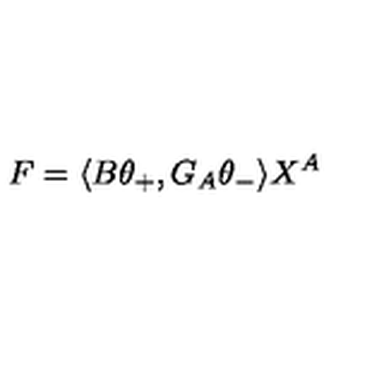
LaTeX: F = \langle B \theta _ { + } , G _ { A } \theta _ { - } \rangle X ^ { A }